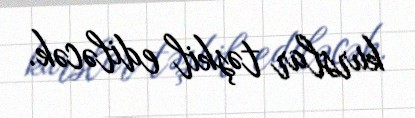
kurslar təşkil ediləcək.